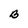
Character: B